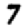
Digit: 7